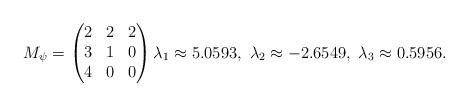
LaTeX: \begin{align*} M_\psi = \begin{pmatrix} 2 & 2 & 2 \\ 3 & 1 & 0 \\ 4 & 0 & 0 \\ \end{pmatrix} \lambda_1\approx5.0593,\ \lambda_2\approx-2.6549,\ \lambda_3\approx0.5956. \end{align*}